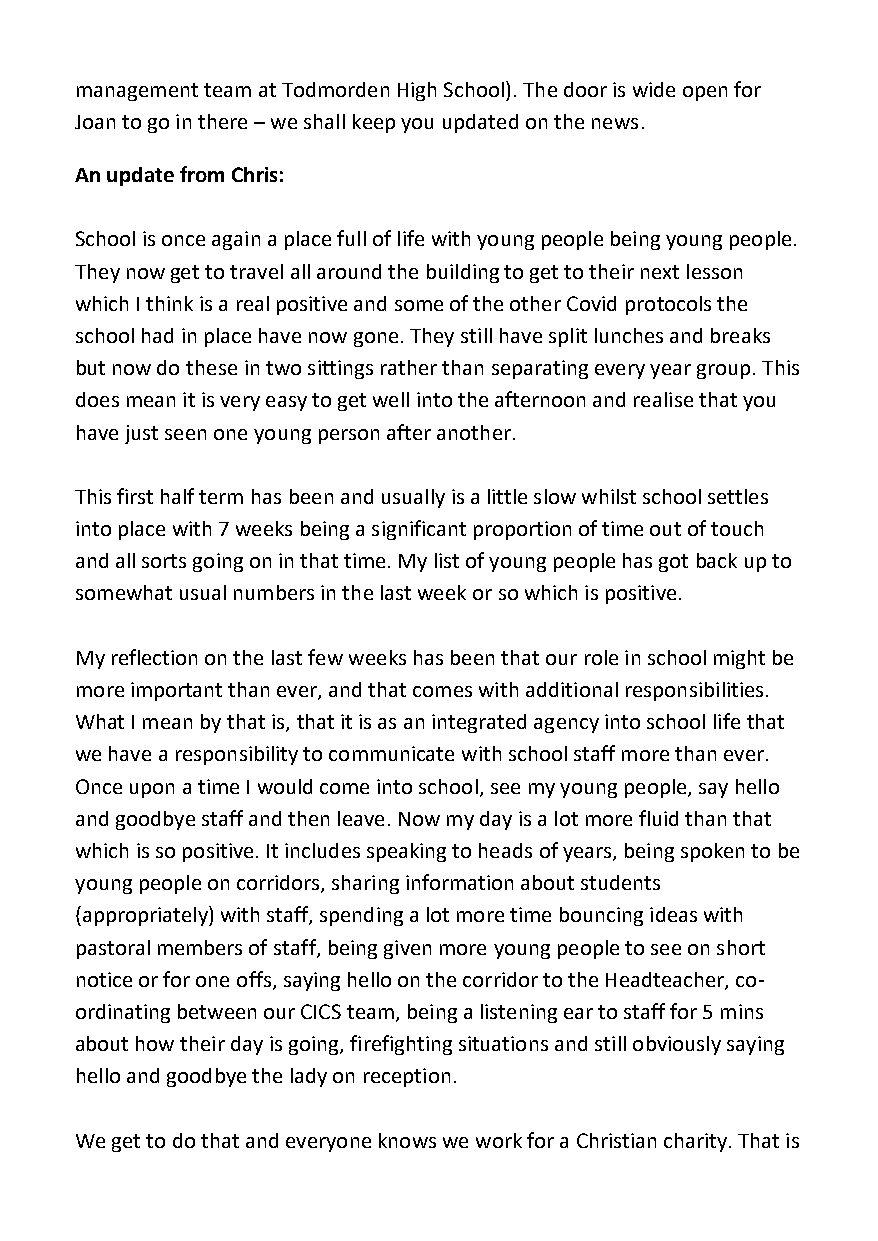
management team at Todmorden High School). The door is wide open for
 Joan to go in there – we shall keep you updated on the news.
 An update from Chris:
 School is once again a place full of life with young people being young people.
 They now get to travel all around the building to get to their next lesson
 which I think is a real positive and some of the other Covid protocols the
 school had in place have now gone. They still have split lunches and breaks
 but now do these in two sittings rather than separating every year group. This
 does mean it is very easy to get well into the afternoon and realise that you
 have just seen one young person after another.
 This first half term has been and usually is a little slow whilst school settles
 into place with 7 weeks being a significant proportion of time out of touch
 and all sorts going on in that time. My list of young people has got back up to
 somewhat usual numbers in the last week or so which is positive.
 My reflection on the last few weeks has been that our role in school might be
 more important than ever, and that comes with additional responsibilities.
 What I mean by that is, that it is as an integrated agency into school life that
 we have a responsibility to communicate with school staff more than ever.
 Once upon a time I would come into school, see my young people, say hello
 and goodbye staff and then leave. Now my day is a lot more fluid than that
 which is so positive. It includes speaking to heads of years, being spoken to be
 young people on corridors, sharing information about students
 (appropriately) with staff, spending a lot more time bouncing ideas with
 pastoral members of staff, being given more young people to see on short
 notice or for one offs, saying hello on the corridor to the Headteacher, co-
 ordinating between our CICS team, being a listening ear to staff for 5 mins
 about how their day is going, firefighting situations and still obviously saying
 hello and goodbye the lady on reception.
 We get to do that and everyone knows we work for a Christian charity. That is